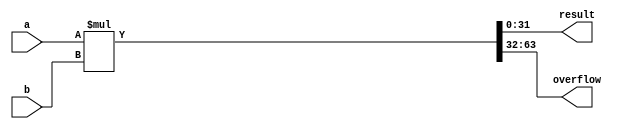
module mult(
    input wire [31:0] a,
    input wire [31:0] b,
    output wire [31:0] result,
    output wire [31:0] overflow
);
    wire [63:0] rs;
    assign rs = a * b; // Multiplicacin
    assign result = rs[31:0];
    assign overflow = rs[63:32];
endmodule